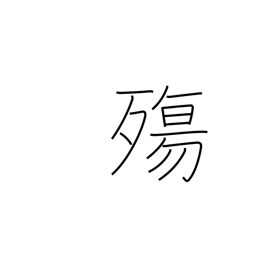
Meaning: dying at a young age